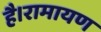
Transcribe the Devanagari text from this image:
है।रामायण